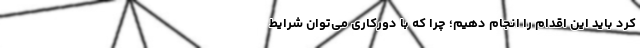
کرد باید این اقدام را انجام دهیم؛ چرا که با دورکاری می‌توان شرایط